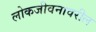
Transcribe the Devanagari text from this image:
लोकजीवनावरील